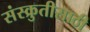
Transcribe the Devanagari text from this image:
संस्क्रुतीसाठी